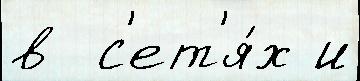
в  с'ет'я́х и